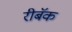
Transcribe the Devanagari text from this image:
रीबॅक